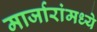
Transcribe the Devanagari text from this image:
मार्जारांमध्ये